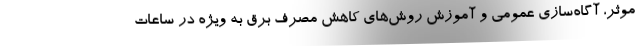
موثر، آگاه‌سازی عمومی و آموزش روش‌های کاهش مصرف برق به ویژه در ساعات